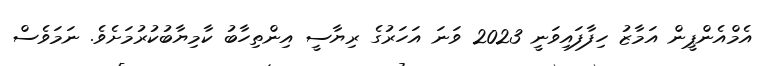
އެމްއެންޕީން އަމާޒު ހިފާފައިވަނީ 2023 ވަނަ އަހަރުގެ ރިޔާސީ އިންތިހާބު ކާމިޔާބުކުރުމަށެވެ. ނަމަވެސް